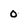
Character: 0